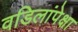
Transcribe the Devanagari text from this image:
वडिलांपेक्षा